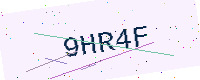
Text: 9HR4F